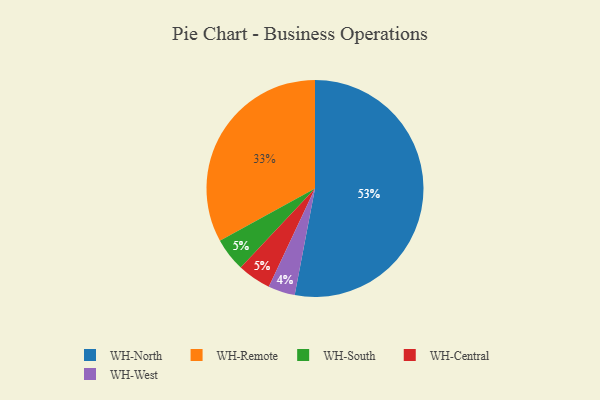
{"axis": {"x": "Category", "y": "Percentage"}, "legend": ["WH-Central", "WH-North", "WH-Remote", "WH-South", "WH-West"], "data": [{"x": "WH-South", "y": 5, "type": "WH-South"}, {"x": "WH-Remote", "y": 33, "type": "WH-Remote"}, {"x": "WH-North", "y": 53, "type": "WH-North"}, {"x": "WH-West", "y": 4, "type": "WH-West"}, {"x": "WH-Central", "y": 5, "type": "WH-Central"}]}